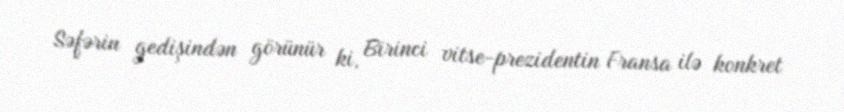
Səfərin gedişindən görünür ki, Birinci vitse-prezidentin Fransa ilə konkret